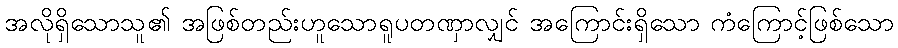
အလိုရှိသောသူ၏ အဖြစ်တည်းဟူသောရူပတဏှာလျှင် အကြောင်းရှိသော ကံကြောင့်ဖြစ်သော